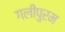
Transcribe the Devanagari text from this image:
गलीपुरम